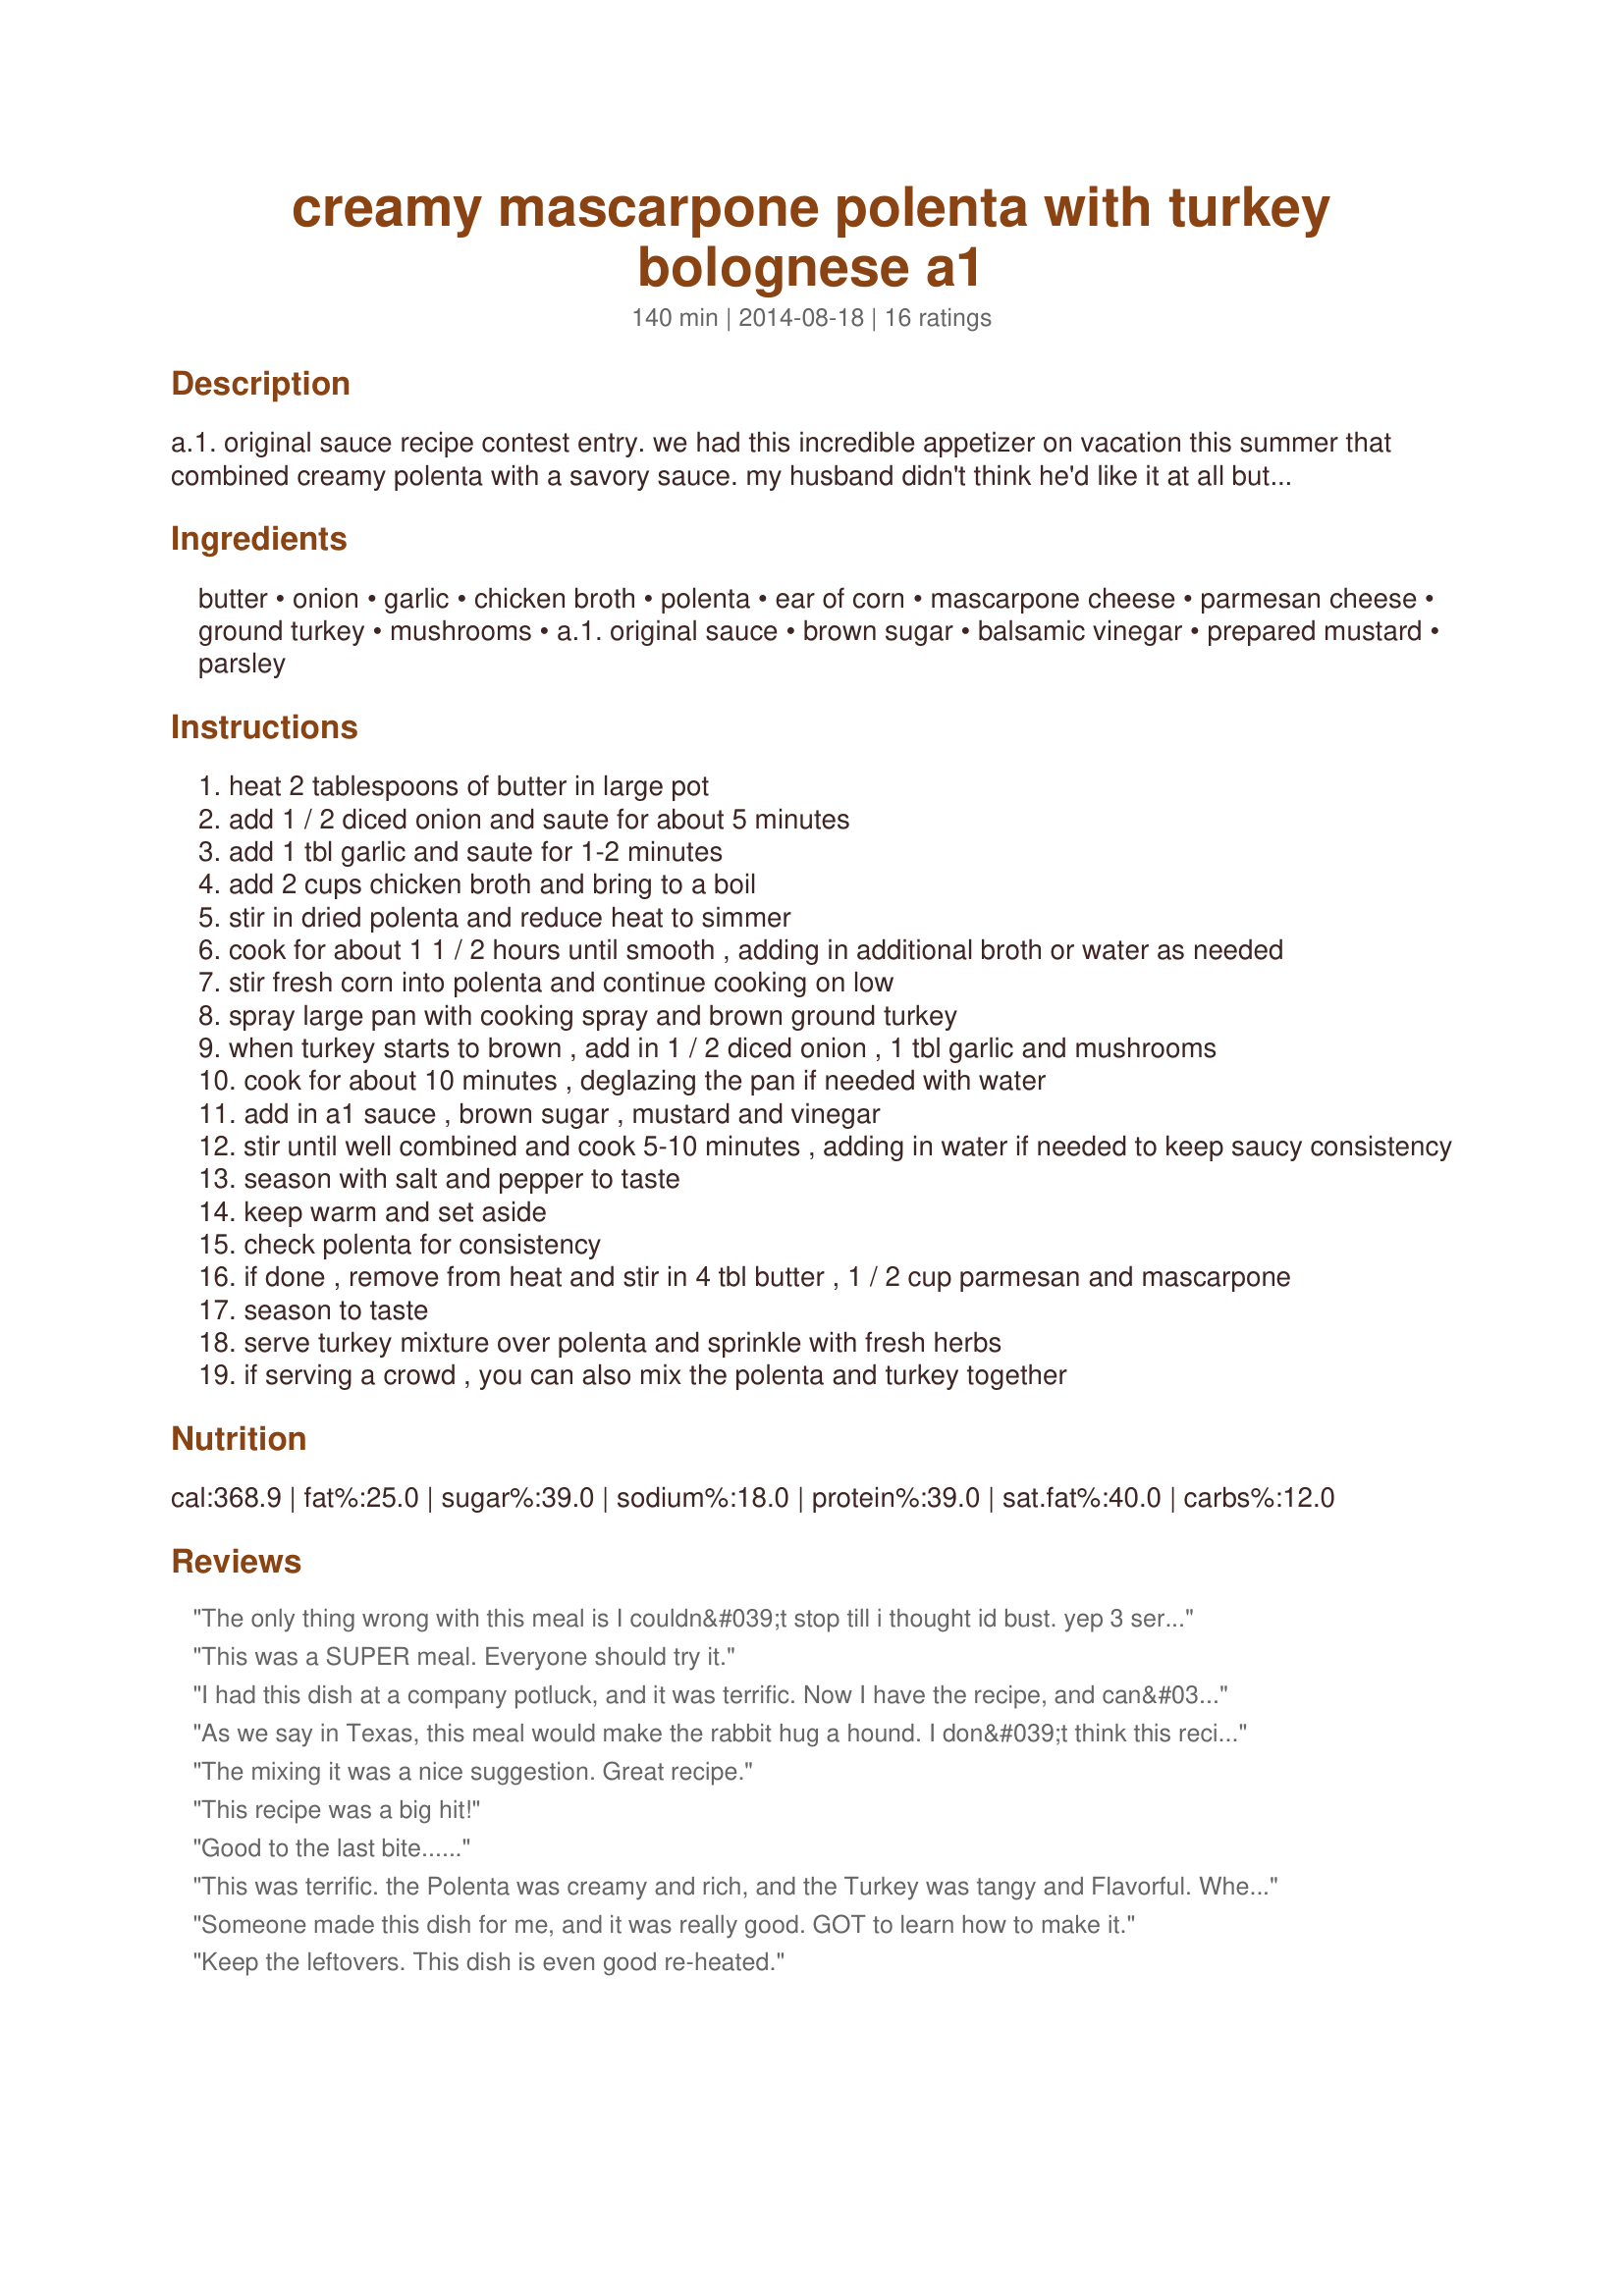
creamy mascarpone polenta with turkey bolognese a1
Preparation time: 140 minutes

a.1. original sauce recipe contest entry. we had this incredible appetizer on vacation this summer that combined creamy polenta with a savory sauce. my husband didn't think he'd like it at all but loved it - and he loves this entree version featuring ground turkey in a sauce that highlights a1, served over the creamy polenta with mascarpone and fresh corn. the tangy sauce is a great pairing with the rich polenta - making for a very satisfying dish!

Ingredients:
butter, onion, garlic, chicken broth, polenta, ear of corn, mascarpone cheese, parmesan cheese, ground turkey, mushrooms, a.1. original sauce, brown sugar, balsamic vinegar, prepared mustard, parsley

Steps:
heat 2 tablespoons of butter in large pot
add 1 / 2 diced onion and saute for about 5 minutes
add 1 tbl garlic and saute for 1-2 minutes
add 2 cups chicken broth and bring to a boil
stir in dried polenta and reduce heat to simmer
cook for about 1 1 / 2 hours until smooth , adding in additional broth or water as needed
stir fresh corn into polenta and continue cooking on low
spray large pan with cooking spray and brown ground turkey
when turkey starts to brown , add in 1 / 2 diced onion , 1 tbl garlic and mushrooms
cook for about 10 minutes , deglazing the pan if needed with water
add in a1 sauce , brown sugar , mustard and vinegar
stir until well combined and cook 5-10 minutes , adding in water if needed to keep saucy consistency
season with salt and pepper to taste
keep warm and set aside
check polenta for consistency
if done , remove from heat and stir in 4 tbl butter , 1 / 2 cup parmesan and mascarpone
season to taste
serve turkey mixture over polenta and sprinkle with fresh herbs
if serving a crowd , you can also mix the polenta and turkey together

Reviews:
The only thing wrong with this meal is I couldn&#039;t stop till i thought id bust. yep 3 servings later it was love at first bite the Polenta and the turkey realty complement each other 5 yummms
This was a SUPER meal. Everyone should try it.
I had this dish at a company potluck, and it was terrific. Now I have the recipe, and can&#039;t wait to make it for my family.
As we say in Texas, this meal would make the rabbit hug a hound. I don&#039;t think this recipe would serve 8. I had 3 helpings all by myself.
The mixing it was a nice suggestion. Great recipe.
This recipe was a big hit!
Good to the last bite......
This was terrific. the Polenta was creamy and rich, and the Turkey was tangy and Flavorful. When i tried this dish i couldn&#039;t stop eating it, the two components of Polenta and Turkey would have stood on there own, but together it was really incredible. I would have this again any day. putting the recipe together was not hard at all and the results were great.
Someone made this dish for me, and it was really good. GOT to learn how to make it.
Keep the leftovers. This dish is even good re-heated.
This recipe is amazing! This dish has become my favorite food, which I would eat everyday, if possible. The creamy mascarpone polenta is a subtle contrast to the tangy A1 sauce. The savory turkey blends perfectly with the sauce and polenta.
My girlfriend and I prepared this for my family get together. Now my family wants me to marry&lt;br/&gt;Carmen so they can continue being served this delightful, creamy, delicious dish. If we do get married, this will be a holiday favorite. Kudos to the chef who created this recipe.
Super Yummy! Who new A-1 was not just for steaks.
Had this at a potluck. All the dishes were good, but this one received the &quot;Best Entree&quot; award.
My wife and I tried this and though I&#039;m not a good cook, it was fairly easy and very delicious and we will definitely have it again in the near future.
Great Dish.....
